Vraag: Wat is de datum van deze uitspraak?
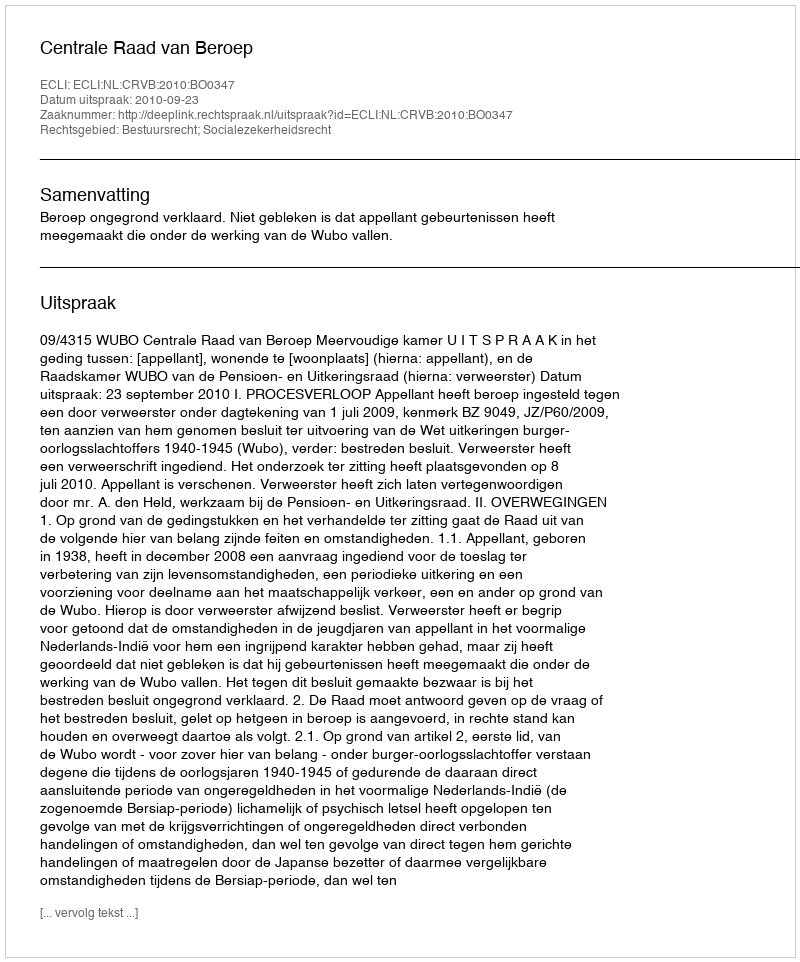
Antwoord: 2010-09-23